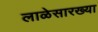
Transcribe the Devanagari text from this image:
लाळेसारख्या